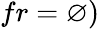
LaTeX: fr=\varnothing)